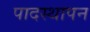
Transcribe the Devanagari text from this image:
पादस्थापन